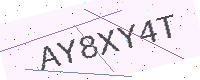
Text: AY8XY4T